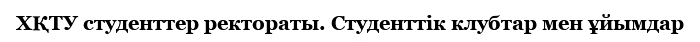
ХҚТУ студенттер ректораты. Студенттік клубтар мен ұйымдар